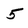
Character: 5